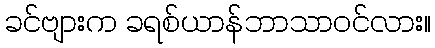
ခင်ဗျားက ခရစ်ယာန်ဘာသာဝင်လား။